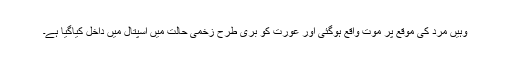
وہیں مرد کی موقع پر موت واقع ہوگئی اور عورت کو بری طرح زخمی حالت میں اسپتال میں داخل کیاگیا ہے۔